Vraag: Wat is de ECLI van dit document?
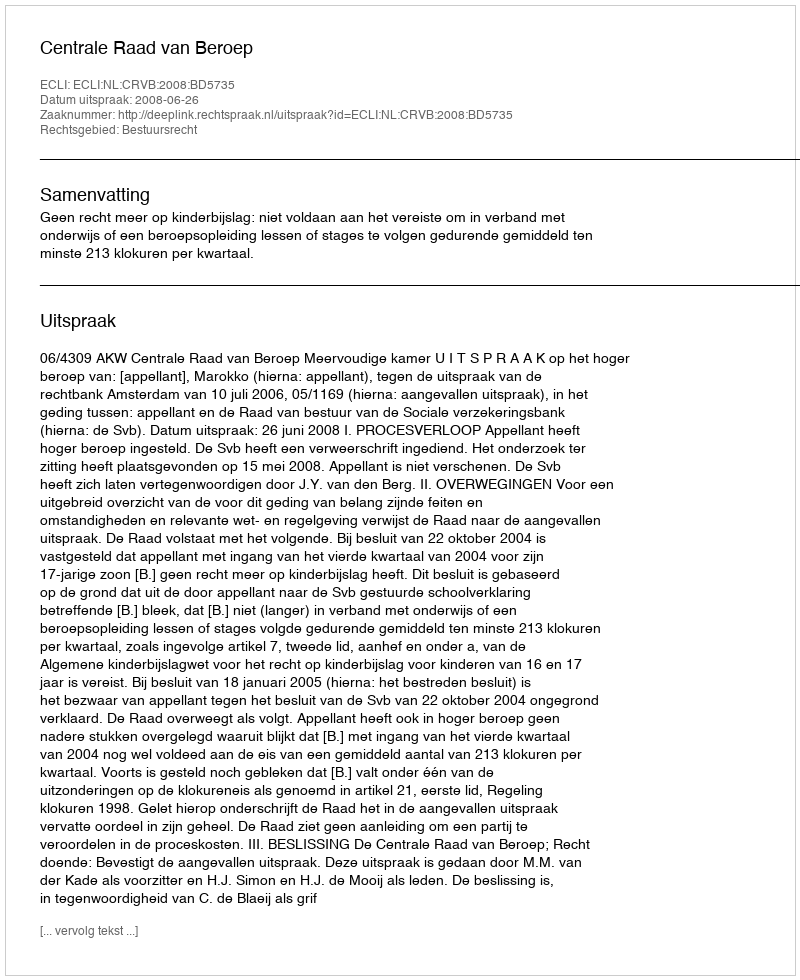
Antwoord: ECLI:NL:CRVB:2008:BD5735